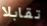
تقابلا